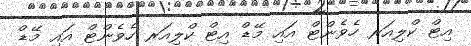
އިޓް ކްލިއަރ ހެވެންޓް އައި މޭޑް އިޓް ކްލިއަރ ހެވެންޓް އައި މޭޑް